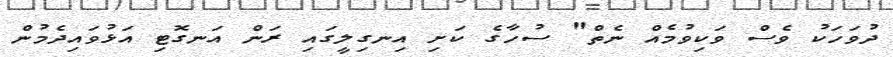
ދުވަހަކު ވެސް ވަކިވުމެއް ނެތް" ސުހާގެ ކަށި އިނގިލީގައި ރަން އަނގޮޓި އަޅުވައިދެމުން